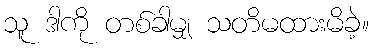
သူ ဒါကို တစ်ခါမျှ သတိမထားမိခဲ့။